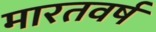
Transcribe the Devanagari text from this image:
मारतवर्ष